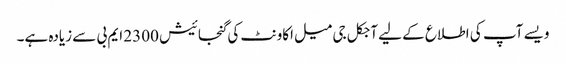
ویسے آپ کی اطلاع کے لیے آجکل جی میل اکاونٹ کی گنجائیش 2300 ایم بی سے زیادہ ہے۔